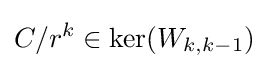
C/r^{k}\in \ker(W_{k,k-1})